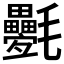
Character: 氎